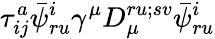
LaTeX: \tau_{ij}^{a}\bar{\psi}_{ru}^{i}\gamma^{\mu}D_{\mu}^{ru;sv}\bar{\psi}_{ru}^{i}